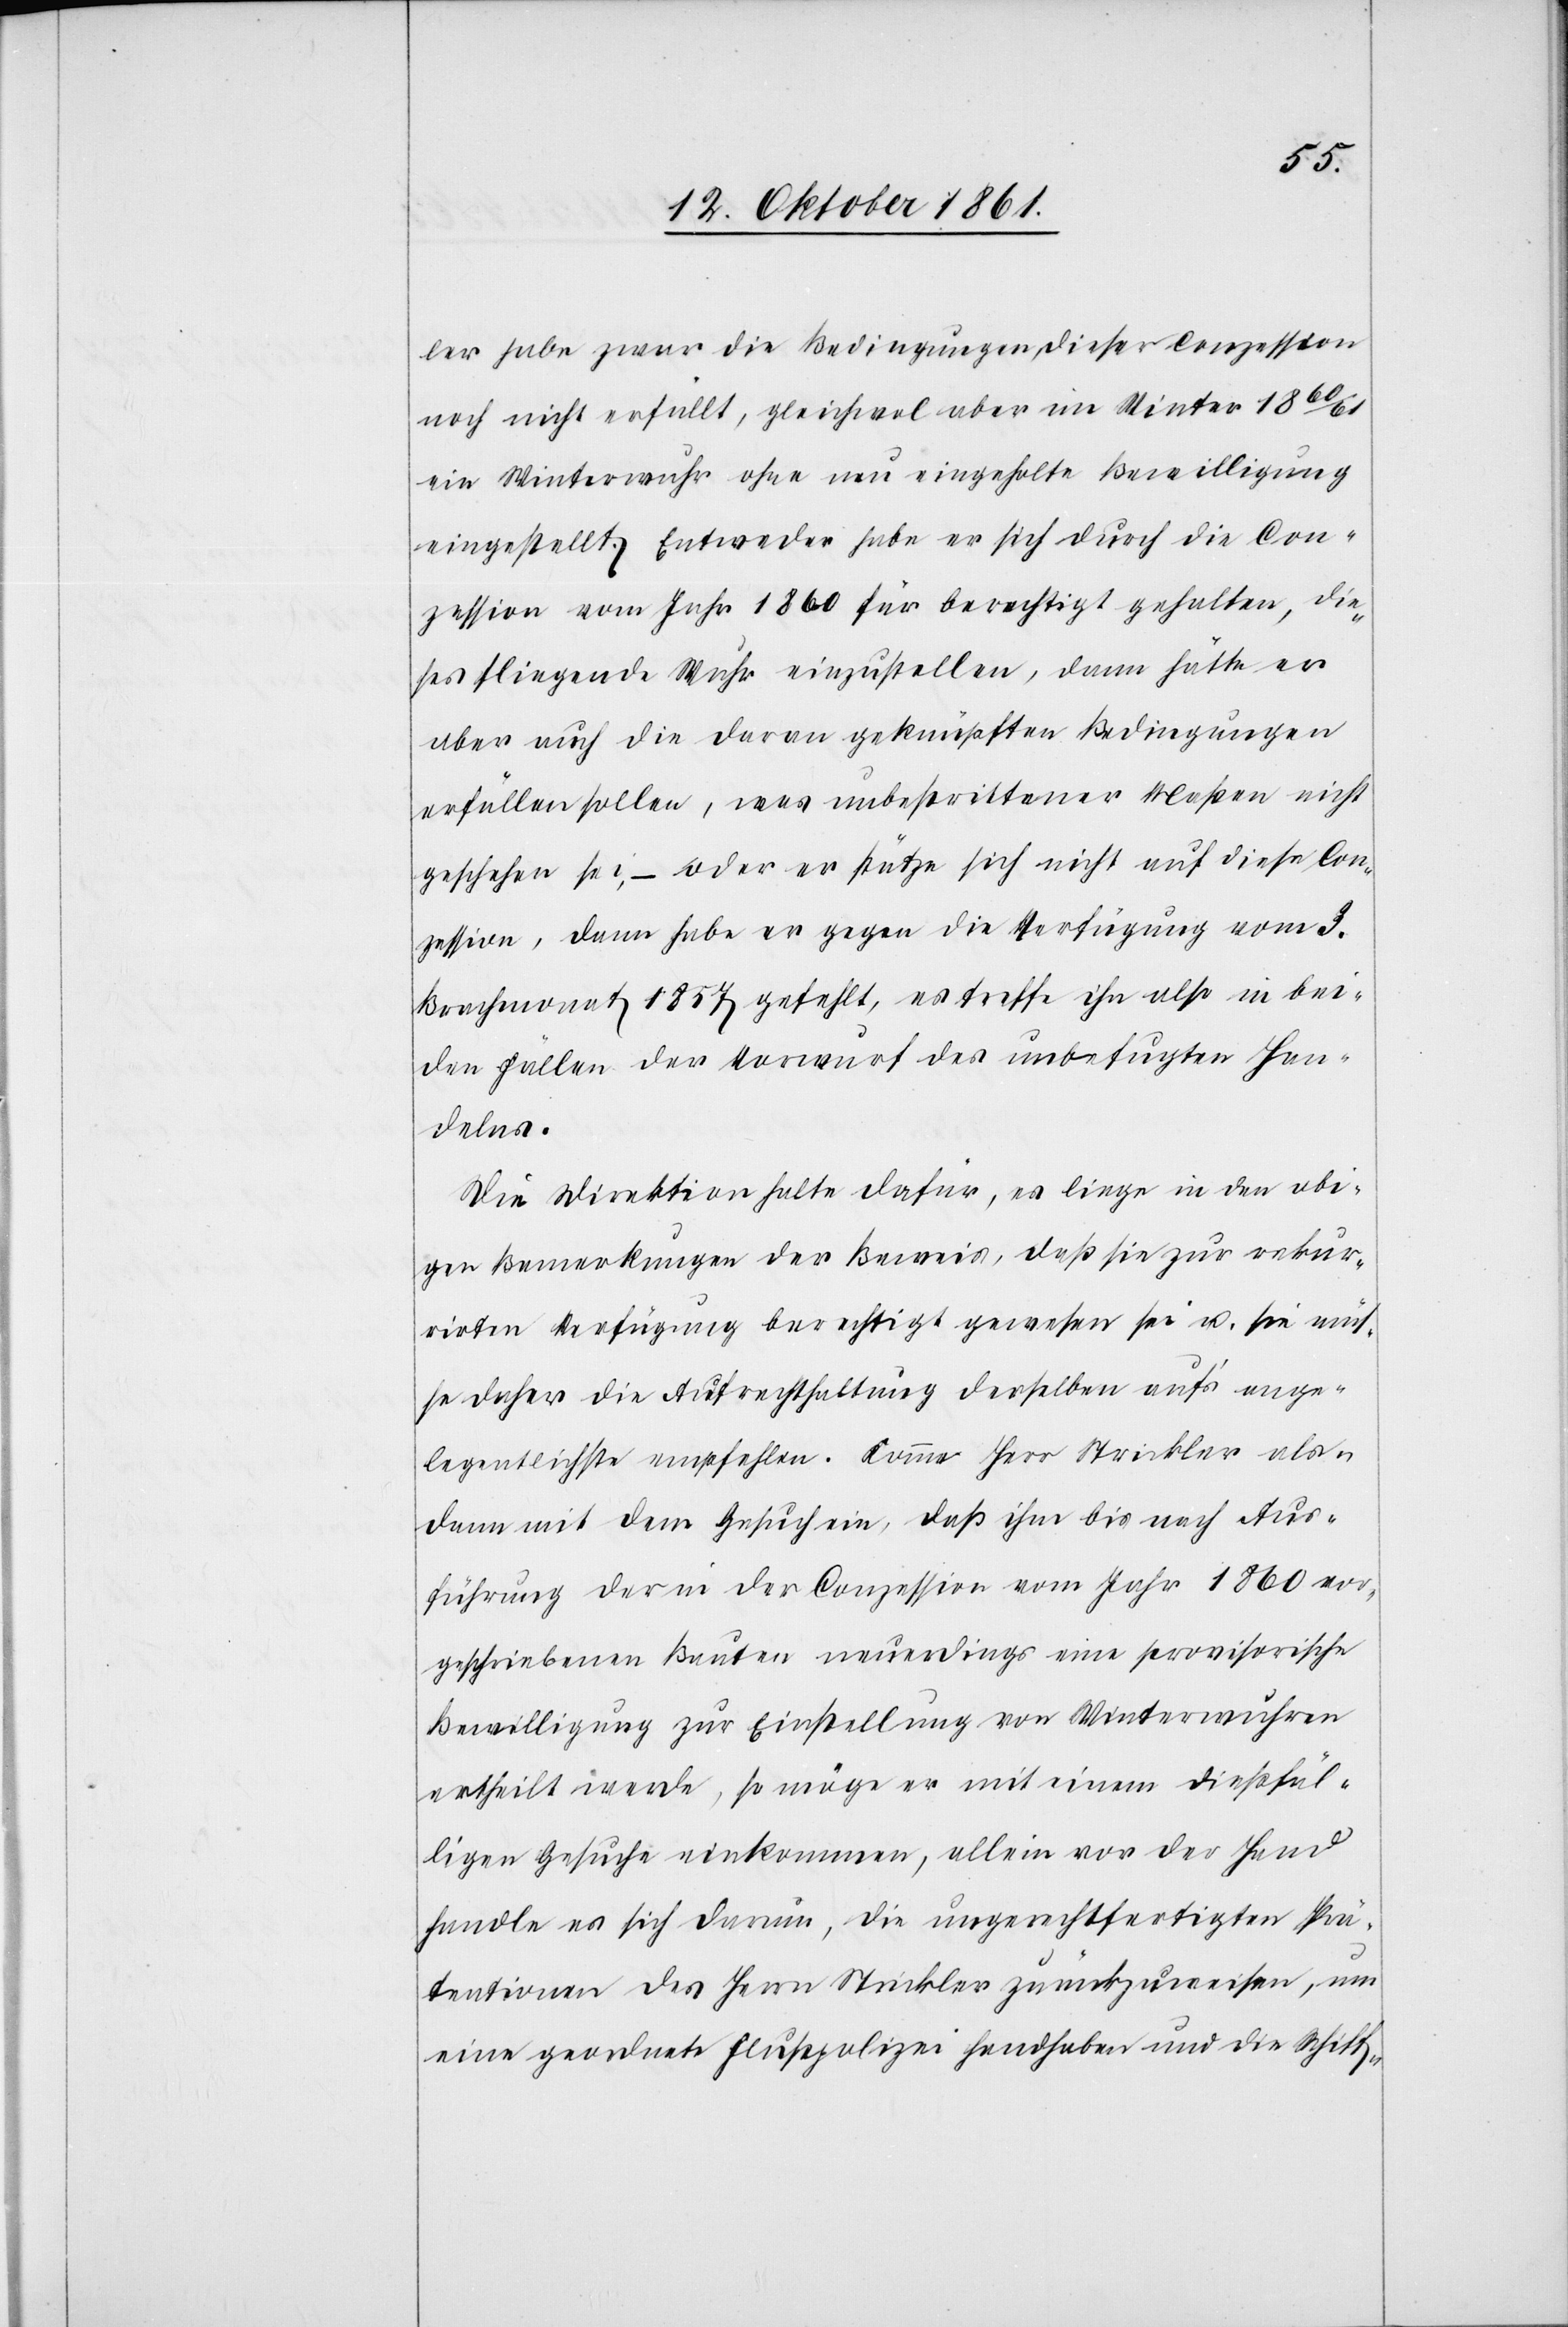
ler habe zwar die Bedingungen dieser Conzession
noch nicht erfüllt, gleichwol aber im Winter 1860/61
ein Winterwuhr ohne neu eingeholte Bewilligung
eingestellt. Entweder habe er sich durch die Con¬
zession vom Jahr 1860 für berechtigt gehalten, die¬
ses fliegende Wuhr einzustellen, dann hätte er
aber auch die daran geknüpften Bedingungen
erfüllen sollen, was unbestrittener Maßen nicht
geschehen sei, – oder er stütze sich nicht auf diese Con¬
zession, dann habe er gegen die Verfügung vom 3
Brachmonat 1857 gefehlt, es treffe in also in bei¬
den Fällen der Vorwurf des unbefugten Han¬
delns.
Die Direktion halte dafür, es liege in den obi¬
gen Bemerkungen der Beweis, daß sie zur rekur¬
rirten Verfügung berechtigt gewesen sei u. sie müs¬
se daher die Aufrechthaltung derselben auf’s ange¬
legentlichste empfehlen. Komme Herr Strickler als¬
dann mit dem Gesuch ein, daß ihm bis nach Aus¬
führung der in der Conzession vom Jahr 1860 vor¬
geschriebene Bauten neuerdings eine provisorische
Bewilligung zur Einstellung von Winterwuhren
ertheilt werde, so möge er mit einem dießfäl¬
ligen Gesuche einkommen, allein vor der Hand
handle es sich darum, die ungerechtfertigten Prä¬
tentionen des Herrn Strickler zurückzuweisen, um
eine geordnete Flußpolizei handhaben und die Schiff-